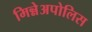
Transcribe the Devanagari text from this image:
मिन्नेअपोलिस